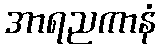
အာရညကာနံ